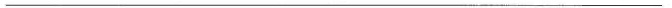
___